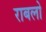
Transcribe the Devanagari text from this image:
राबलो